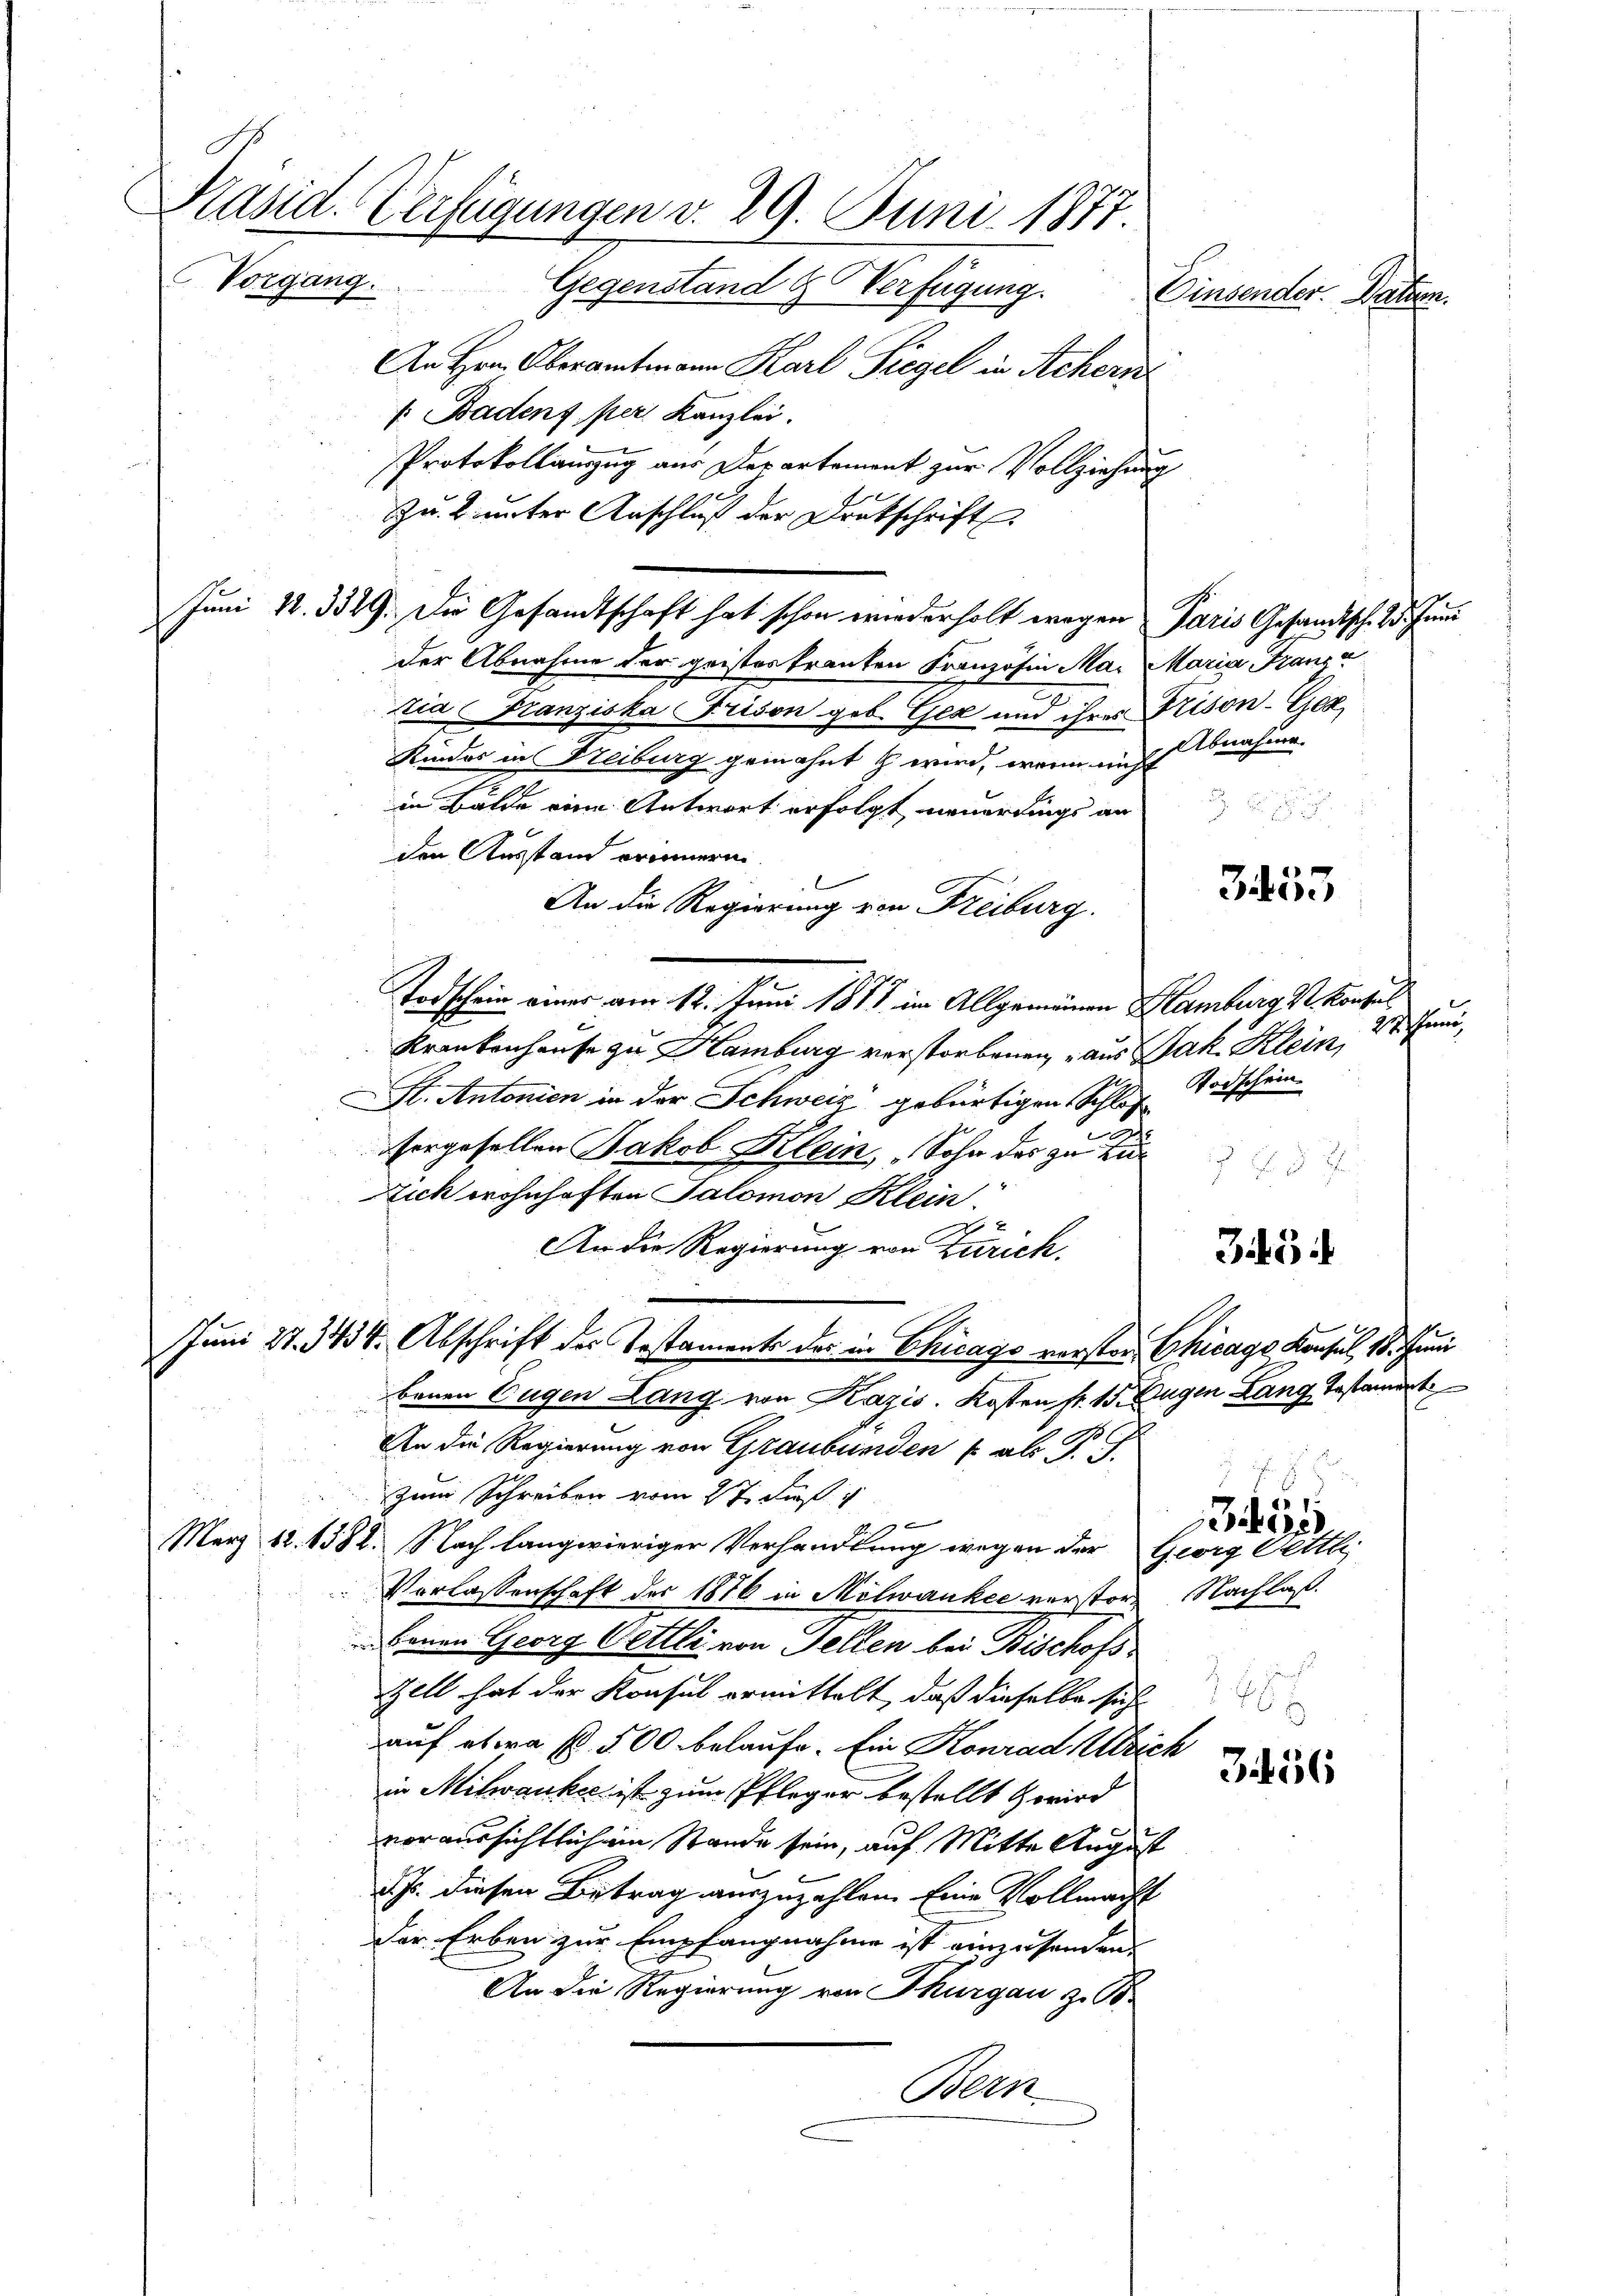
A
Präsid. Verfügungen v. 29. Juni 1877.
Vorgang.
Gegenstand & Verfügung.

An Hrn. Oberamtmann Karl Siegel in Achern
". Badenz per Kanzlei.
Protokollauszug aus Departement zur Vollziehung
Zu. B. unter Anschluß der Drukschrift
der Abnahme der geistes tranken Kranzösin Mai Maria Franza
.
tia Franziska Frison geb. Gez und ihres Prison-Gex,
Kinder in Freiburg gemahnt & wird, wenn nicht Abnahme.
in Bälde eine Antwort erfolgt neuerdings an
den Ausstand erinnern.
An die Regierung von Freiburg.
Todschein einer am 12. Juni 1878 im Allgemeinen Hamburg u. Konsul
Krankenhause zu Hamburg verstorbenen, aus Jak Klein,
St. Antonien in der Schweiz gebürtigen Schlag Todschein
und
sorgesellen Jakob Klein, Sohn der zu zur
Zick wohnhaften Salomon Klein.
An die Regierung von Zürich.
Juni 27. 3434. Abschrift des Testaments der in Chicago verster, Chicago Konsul 18. Juni
benen Eugen Lang von Kazis. Kosten fr. 15. Augen Lang Testandert
An die Regierung von Graubünden u. als P. J.
zum Schreiben vom 27. Dieß
0
März 12. 1382. Nach langwieriger Verhandlung wegen der Georg Fettli
Vorlassenschaft der 1876 in Melwanker verstor Nachlaß
benen Georg Oettli von Fellen bei Bischofs
Zell hat der Konsul ermittelt, daß dieselbe sich
auf etwa p. 500 belaufe. Ein Konrad Ulrich
in Milwanker ist zum Pfleger bestellt wird
voraussichtlich ein Stande sein, auf Mitte August
.
d. Js. diesen Betrag auszuzahlen. Eine Vollmacht
Der Erben zur Empfangnahme ist einzusenden.
An die Regierung von Thurgau z. B.
Bern

Juni 12. 3349. Die Gesandtschaft hat schon wiederholt wegen Paris Gesandtsch. 2. Juni

Einsender. Daten.

3453

i5

a 1
dere

3456

24 Ihren

. Es
 x

7